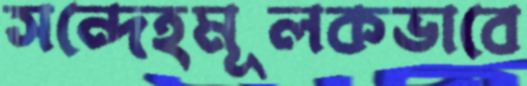
সন্দেহমূলকভাবে